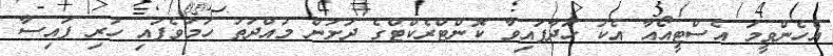
އެހެންވީމަ އެސްޓީއޯއާ އެކު ހަދާފައިވާ ކޮންޓްރެކްޓްގެ ދަށުން މުއްދަތު ހަމަވެފައި ހުރި ފައިސާ